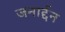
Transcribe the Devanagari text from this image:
जनार्द्दन